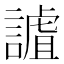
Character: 謯